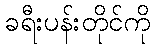
ခရီးပန်းတိုင်ကို